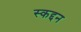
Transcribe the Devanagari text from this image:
स्कद्दन